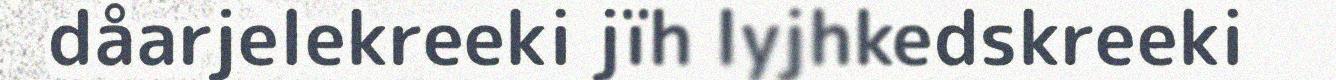
dåarjelekreeki jïh lyjhkedskreeki